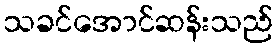
သခင်အောင်ဆန်းသည်